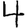
Digit: 4